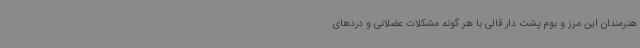
هنرمندان این مرز و بوم پشت دار قالی با هر گونه مشکلات عضلانی و دردهای